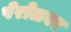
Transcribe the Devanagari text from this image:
पेरोलवर